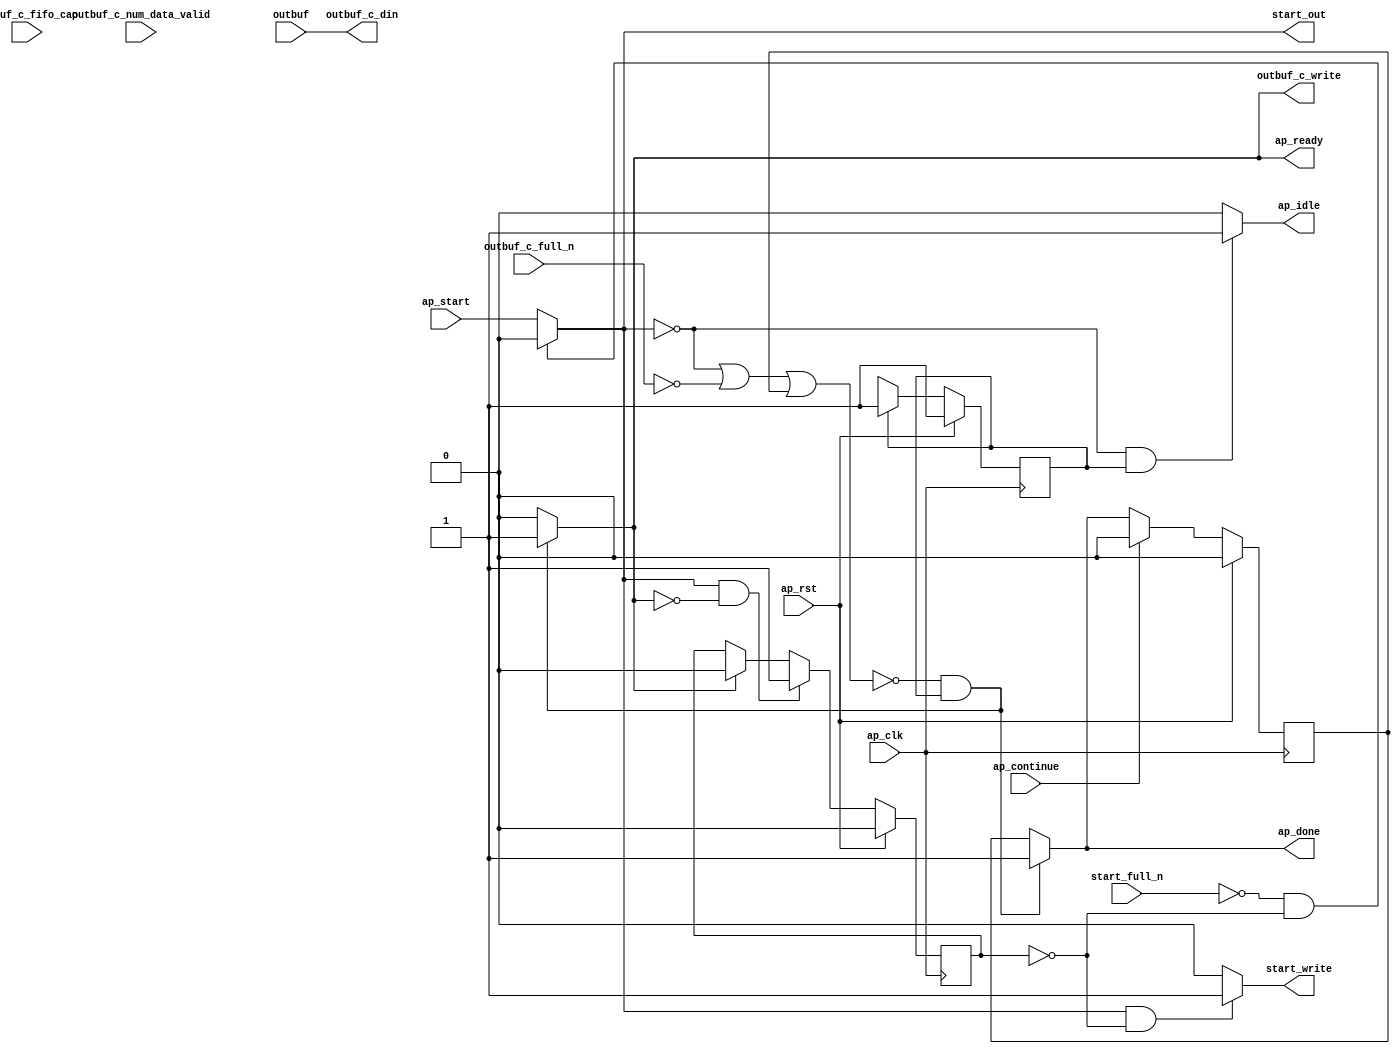
// ==============================================================
// RTL generated by Vitis HLS - High-Level Synthesis from C, C++ and OpenCL v2022.1 (64-bit)
// Version: 2022.1
// Copyright (C) Copyright 1986-2022 Xilinx, Inc. All Rights Reserved.
// 
// ===========================================================

`timescale 1 ns / 1 ps 

module ladmatr_entry_proc (
        ap_clk,
        ap_rst,
        ap_start,
        start_full_n,
        ap_done,
        ap_continue,
        ap_idle,
        ap_ready,
        start_out,
        start_write,
        outbuf,
        outbuf_c_din,
        outbuf_c_num_data_valid,
        outbuf_c_fifo_cap,
        outbuf_c_full_n,
        outbuf_c_write
);

parameter    ap_ST_fsm_state1 = 1'd1;

input   ap_clk;
input   ap_rst;
input   ap_start;
input   start_full_n;
output   ap_done;
input   ap_continue;
output   ap_idle;
output   ap_ready;
output   start_out;
output   start_write;
input  [63:0] outbuf;
output  [63:0] outbuf_c_din;
input  [2:0] outbuf_c_num_data_valid;
input  [2:0] outbuf_c_fifo_cap;
input   outbuf_c_full_n;
output   outbuf_c_write;

reg ap_done;
reg ap_idle;
reg start_write;
reg outbuf_c_write;

reg    real_start;
reg    start_once_reg;
reg    ap_done_reg;
(* fsm_encoding = "none" *) reg   [0:0] ap_CS_fsm;
wire    ap_CS_fsm_state1;
reg    internal_ap_ready;
reg    outbuf_c_blk_n;
reg    ap_block_state1;
reg   [0:0] ap_NS_fsm;
reg    ap_ST_fsm_state1_blk;
wire    ap_ce_reg;

// power-on initialization
initial begin
#0 start_once_reg = 1'b0;
#0 ap_done_reg = 1'b0;
#0 ap_CS_fsm = 1'd1;
end

always @ (posedge ap_clk) begin
    if (ap_rst == 1'b1) begin
        ap_CS_fsm <= ap_ST_fsm_state1;
    end else begin
        ap_CS_fsm <= ap_NS_fsm;
    end
end

always @ (posedge ap_clk) begin
    if (ap_rst == 1'b1) begin
        ap_done_reg <= 1'b0;
    end else begin
        if ((ap_continue == 1'b1)) begin
            ap_done_reg <= 1'b0;
        end else if ((~((real_start == 1'b0) | (outbuf_c_full_n == 1'b0) | (ap_done_reg == 1'b1)) & (1'b1 == ap_CS_fsm_state1))) begin
            ap_done_reg <= 1'b1;
        end
    end
end

always @ (posedge ap_clk) begin
    if (ap_rst == 1'b1) begin
        start_once_reg <= 1'b0;
    end else begin
        if (((real_start == 1'b1) & (internal_ap_ready == 1'b0))) begin
            start_once_reg <= 1'b1;
        end else if ((internal_ap_ready == 1'b1)) begin
            start_once_reg <= 1'b0;
        end
    end
end

always @ (*) begin
    if (((real_start == 1'b0) | (outbuf_c_full_n == 1'b0) | (ap_done_reg == 1'b1))) begin
        ap_ST_fsm_state1_blk = 1'b1;
    end else begin
        ap_ST_fsm_state1_blk = 1'b0;
    end
end

always @ (*) begin
    if ((~((real_start == 1'b0) | (outbuf_c_full_n == 1'b0) | (ap_done_reg == 1'b1)) & (1'b1 == ap_CS_fsm_state1))) begin
        ap_done = 1'b1;
    end else begin
        ap_done = ap_done_reg;
    end
end

always @ (*) begin
    if (((real_start == 1'b0) & (1'b1 == ap_CS_fsm_state1))) begin
        ap_idle = 1'b1;
    end else begin
        ap_idle = 1'b0;
    end
end

always @ (*) begin
    if ((~((real_start == 1'b0) | (outbuf_c_full_n == 1'b0) | (ap_done_reg == 1'b1)) & (1'b1 == ap_CS_fsm_state1))) begin
        internal_ap_ready = 1'b1;
    end else begin
        internal_ap_ready = 1'b0;
    end
end

always @ (*) begin
    if ((~((real_start == 1'b0) | (ap_done_reg == 1'b1)) & (1'b1 == ap_CS_fsm_state1))) begin
        outbuf_c_blk_n = outbuf_c_full_n;
    end else begin
        outbuf_c_blk_n = 1'b1;
    end
end

always @ (*) begin
    if ((~((real_start == 1'b0) | (outbuf_c_full_n == 1'b0) | (ap_done_reg == 1'b1)) & (1'b1 == ap_CS_fsm_state1))) begin
        outbuf_c_write = 1'b1;
    end else begin
        outbuf_c_write = 1'b0;
    end
end

always @ (*) begin
    if (((start_full_n == 1'b0) & (start_once_reg == 1'b0))) begin
        real_start = 1'b0;
    end else begin
        real_start = ap_start;
    end
end

always @ (*) begin
    if (((real_start == 1'b1) & (start_once_reg == 1'b0))) begin
        start_write = 1'b1;
    end else begin
        start_write = 1'b0;
    end
end

always @ (*) begin
    case (ap_CS_fsm)
        ap_ST_fsm_state1 : begin
            ap_NS_fsm = ap_ST_fsm_state1;
        end
        default : begin
            ap_NS_fsm = 'bx;
        end
    endcase
end

assign ap_CS_fsm_state1 = ap_CS_fsm[32'd0];

always @ (*) begin
    ap_block_state1 = ((real_start == 1'b0) | (outbuf_c_full_n == 1'b0) | (ap_done_reg == 1'b1));
end

assign ap_ready = internal_ap_ready;

assign outbuf_c_din = outbuf;

assign start_out = real_start;

endmodule //ladmatr_entry_proc